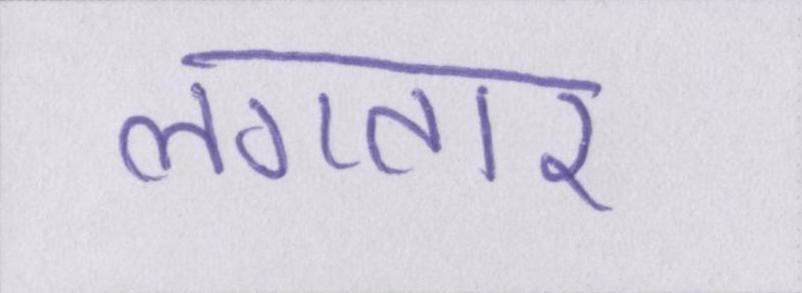
लगतार